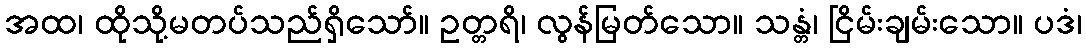
အထ၊ ထိုသို့မတပ်သည်ရှိသော်။ ဥတ္တရိ၊ လွန်မြတ်သော။ သန္တံ၊ ငြိမ်းချမ်းသော။ ပဒံ၊